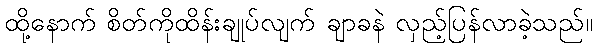
ထို့နောက် စိတ်ကိုထိန်းချုပ်လျက် ချာခနဲ လှည့်ပြန်လာခဲ့သည်။